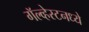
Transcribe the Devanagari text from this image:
गॅल्व्हेस्टनध्ये